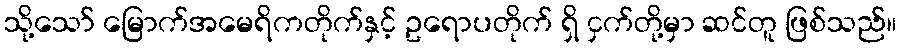
သို့သော် မြောက်အမေရိကတိုက်နှင့် ဥရောပတိုက် ရှိ ငှက်တို့မှာ ဆင်တူ ဖြစ်သည်။